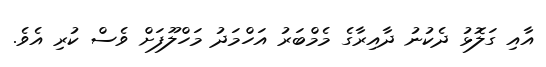
އާއި ގަލޮޅު ދެކުނު ދާއިރާގެ މެމްބަރު އަހްމަދު މަހްލޫފަށް ވެސް ކުރި އެވެ.